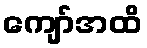
ကျော်အထိ